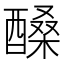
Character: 𨢆